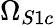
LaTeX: \Omega_{S1c}